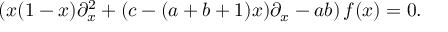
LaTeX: ( x ( 1 - x ) \partial _ { x } ^ { 2 } + ( c - ( a + b + 1 ) x ) \partial _ { x } - a b ) \, f ( x ) = 0 .